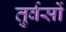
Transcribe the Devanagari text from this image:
तुर्वसों